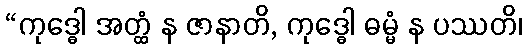
“ကုဒ္ဓေါ အတ္ထံ န ဇာနာတိ, ကုဒ္ဓေါ ဓမ္မံ န ပဿတိ၊